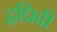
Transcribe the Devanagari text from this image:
द्वध्रिवी